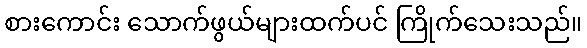
စားကောင်း သောက်ဖွယ်များထက်ပင် ကြိုက်သေးသည်။